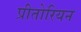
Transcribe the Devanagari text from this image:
प्रीतोरियन